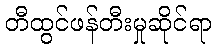
တီထွင်ဖန်တီးမှုဆိုင်ရာ